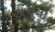
કાચના